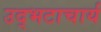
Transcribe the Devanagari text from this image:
उद्भटाचार्य